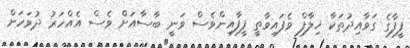
ފީފާގެ ގަވާއިދުތަކާ ޚިލާފް ވެފައިވާތީ ފީފާއިންވެސް ވަނީ ބާސާއަށް ވެސް އެއްހަރު ދުވަހަށް